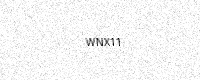
Text: WNX11